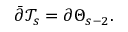
\bar { \partial } \mathcal { T } _ { s } = \partial \Theta _ { s - 2 } .